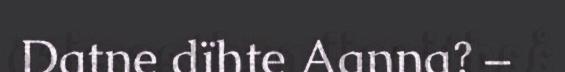
Datne dïhte Aanna? –